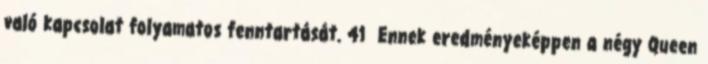
való kapcsolat folyamatos fenntartását. 41 Ennek eredményeképpen a négy Queen